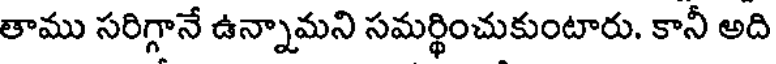
తాము సరిగ్గానే ఉన్నామని సమర్థించుకుంటారు. కానీ అది